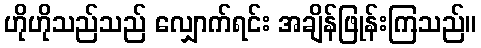
ဟိုဟိုသည်သည် လျှောက်ရင်း အချိန်ဖြုန်းကြသည်။